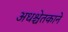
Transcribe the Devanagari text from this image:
अधश्चेतकाने